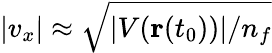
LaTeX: |v_{x}|\approx\sqrt{|V(\mathbf{r}(t_{0}))|/n_{f}}